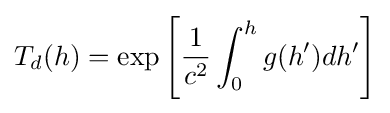
T_{d}(h)=\exp \left[{\frac {1}{c^{2}}}\int _{0}^{h}g(h')dh'\right]